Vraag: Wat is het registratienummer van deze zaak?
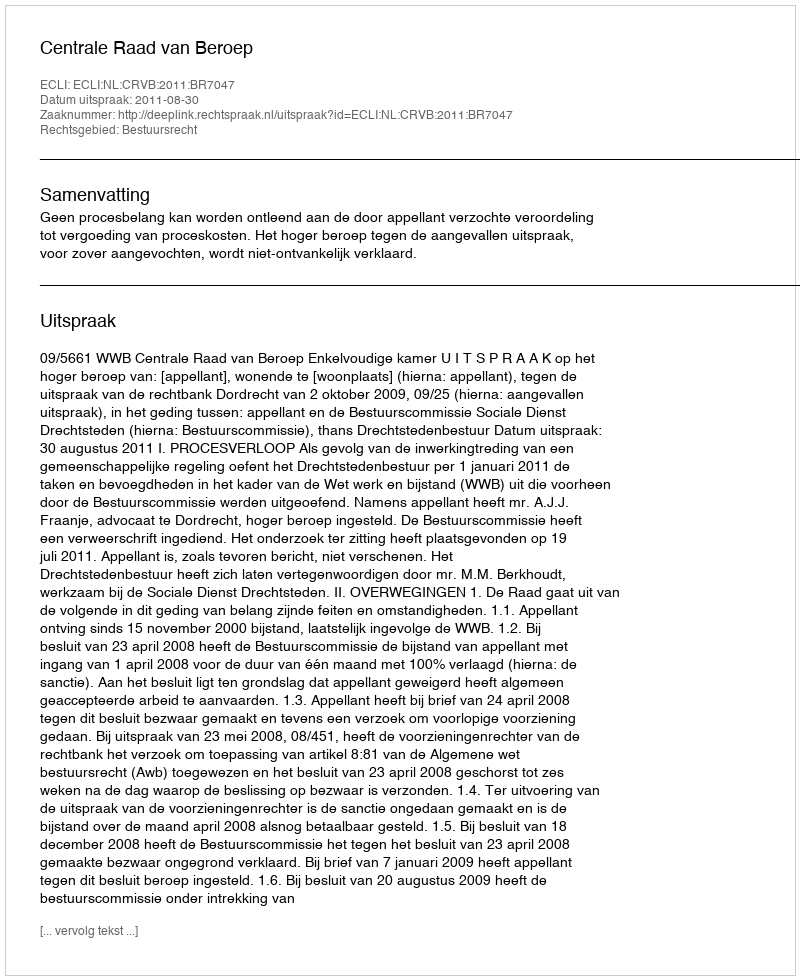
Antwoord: http://deeplink.rechtspraak.nl/uitspraak?id=ECLI:NL:CRVB:2011:BR7047